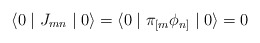
\begin{align*}\langle 0 \mid J_{mn} \mid 0 \rangle = \langle 0 \mid \pi_{[m}\phi_{n]} \mid 0 \rangle = 0\end{align*}